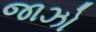
જાઝો